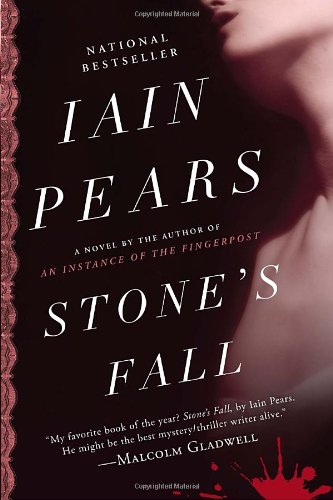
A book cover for Stone's Fall: A Novel; Iain Pears; Mystery, Thriller & Suspense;